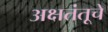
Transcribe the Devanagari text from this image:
अक्षतंतूचे